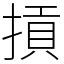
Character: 摃